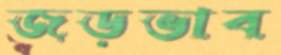
জড়ভাব